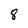
Character: 8